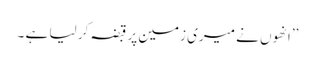
’’انھوں نے میری زمین پر قبضہ کر لیا ہے ۔